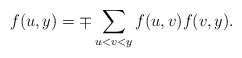
\begin{align*}f(u,y)=\mp\sum_{u<v<y}f(u,v)f(v,y).\end{align*}